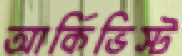
আর্কিভিস্ট